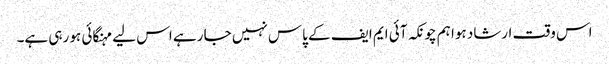
اس وقت ارشاد ہوا ہم چونکہ آئی ایم ایف کے پاس نہیں جا رہے اس لیے مہنگائی ہو رہی ہے۔